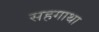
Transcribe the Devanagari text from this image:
सहगाथा